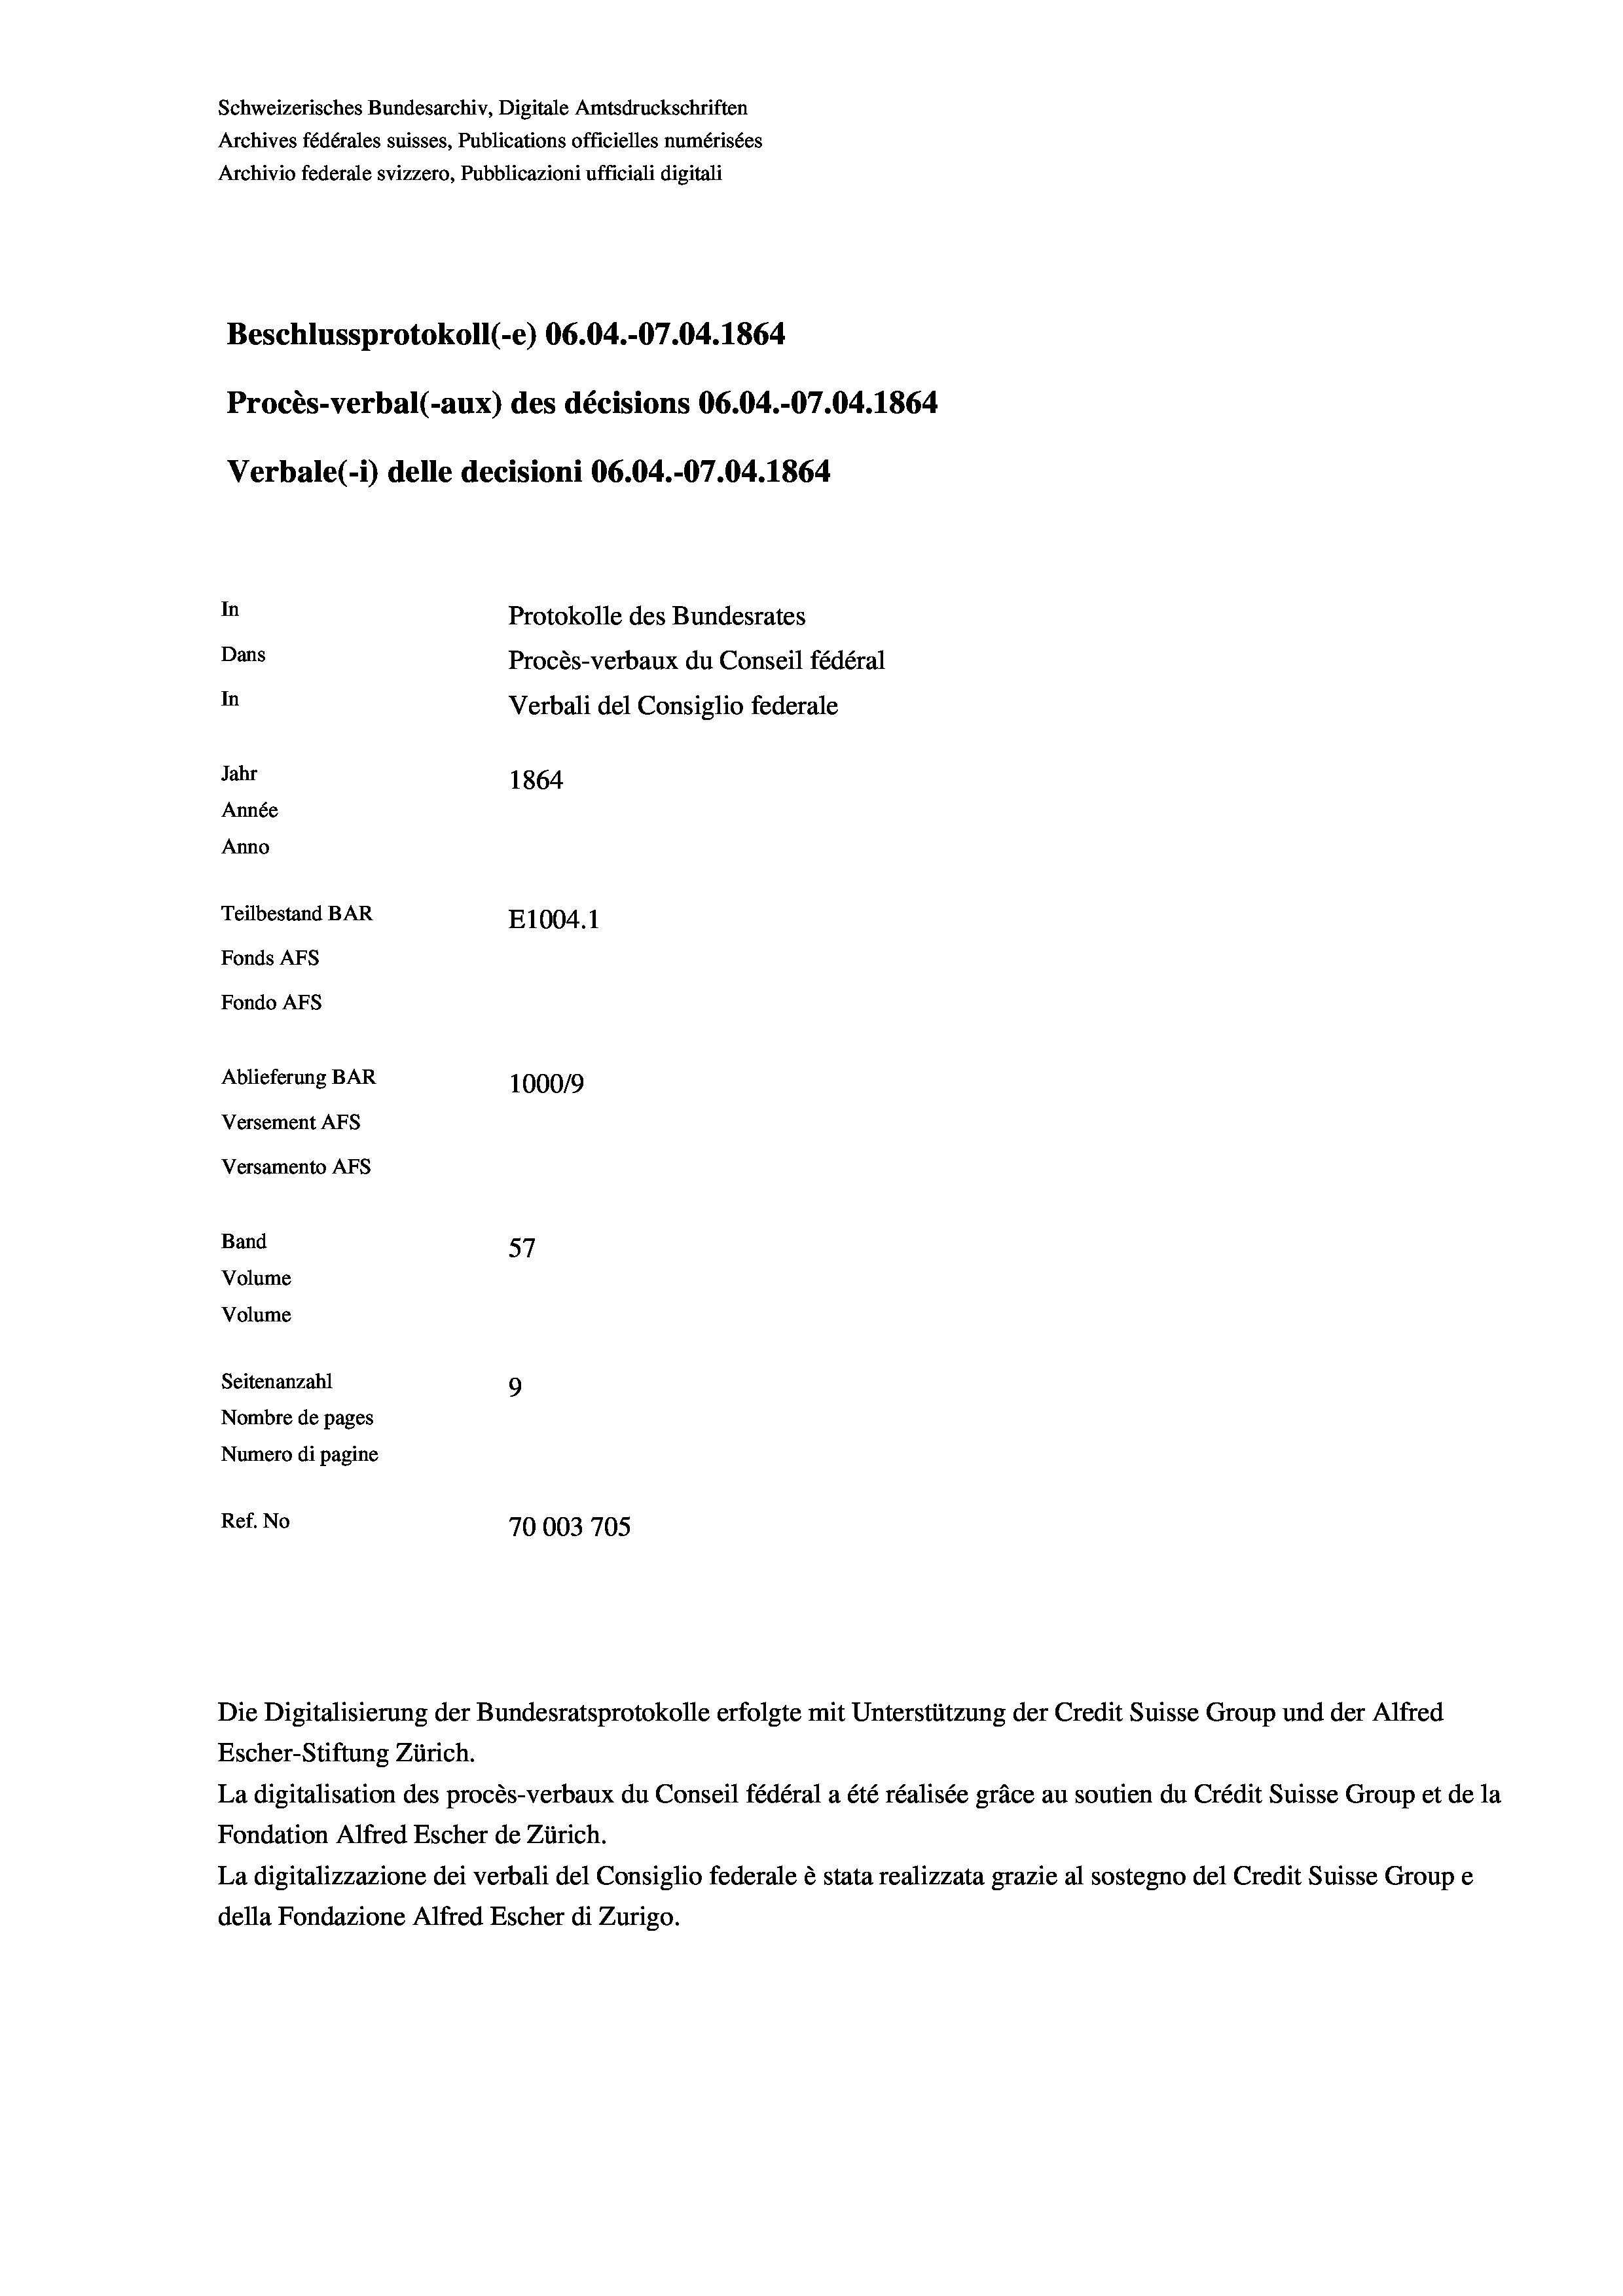
Schweizerisches Bundesarchiv, Digitale Amtsdruckschriften
Archives fédérales suisses, Publications officielles numérisées
Archivio federale svizzero, Pubblicazioni ufficiali digitali
Beschlussprotokoll (-e) 06.04.-07.04. 1864
Procès-verbal (-aux) des décisions 06.04.-07.04. 1864
Verbale (1) delle decisioni 06.04.-07.04. 1864.
In
Protokolle des Bundesrates
Dans
Procès-verbaux du Conseil fédéral
In
Verbali del Consiglio federale
Jahr
1864
Année
Anno
Teilbestand BAR
E1004.1
Fonds AFs
Fondo AFs
Ablieferung BAR
100019
Versement AFs
Versamento AFs

Band
Volume
Volume
Seitenanzahl

La digitalisation des procès-verbaux du Conseil fédéral a été réalisée gräce au soutien du Crédit Suisse Group et de la
Fondation Alfred Escher de Zürich.
La digitalizzazione dei verbali del Consiglio federale è stata realizzata grazie al sostegno del Credit Suisse Groupe
della Fondazione Alfred Escher di Zurigo.

57
9
Nombre de pages
Numero di pagine
Ref. No
70003705

Die Digitalisierung der Bundesratsprotokolle erfolgte mit Unterstützung der Credit Suisse Group und der Alfred
Escher-Stiftung Zürich.